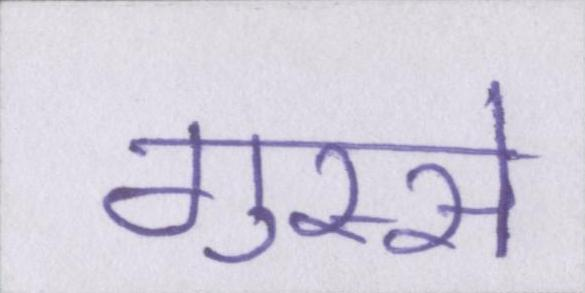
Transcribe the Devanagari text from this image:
गुस्से